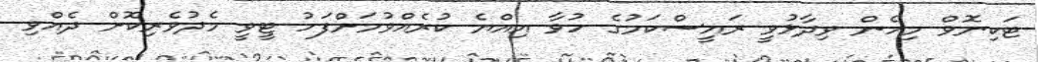
ޓަކިނޮވް މިހެން ވިދާޅުވީ ރައީސްކަމުގެ ހުވާ އިއްޔެ ކުރެއްވުމަށްފަހު ޓީވީ މެދުވެރިކޮށް ދެއްވި